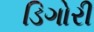
ડિગોરી